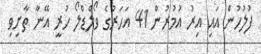
ފުލުހުން އައި އިރު އުމުރުން 41 އަހަރުގެ ވޯލްޑްލޯ ހުރީ އޭނާ ތާށިވި